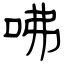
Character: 咈